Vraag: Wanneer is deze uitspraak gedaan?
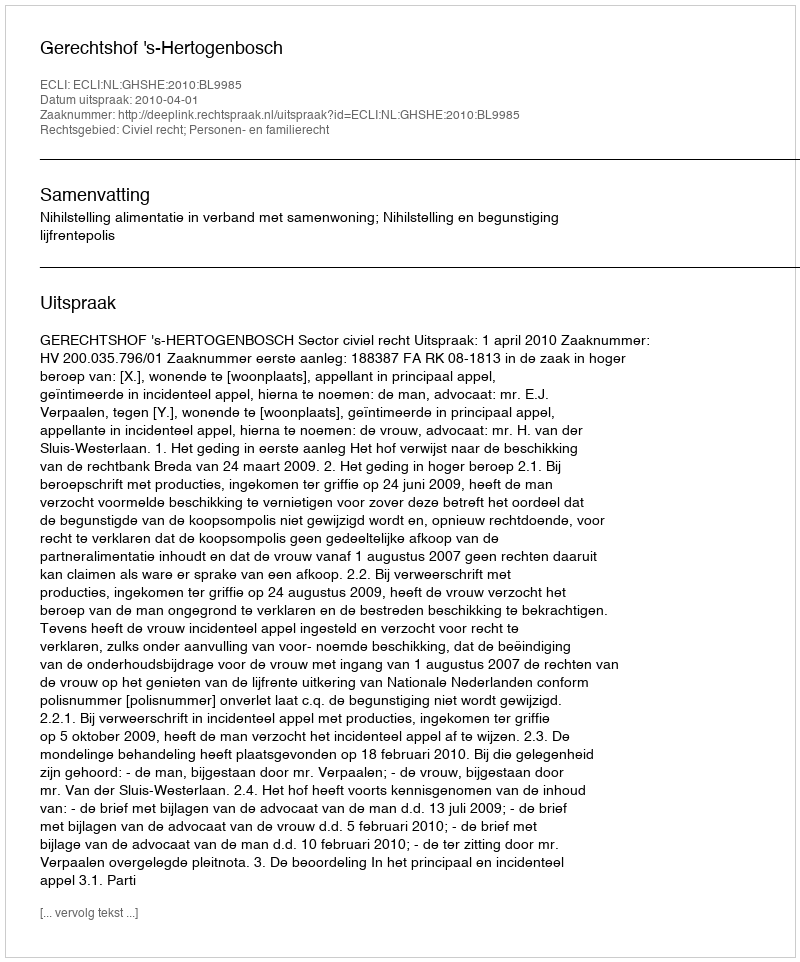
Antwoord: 2010-04-01